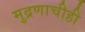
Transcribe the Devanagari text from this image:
मुद्रणाचीही